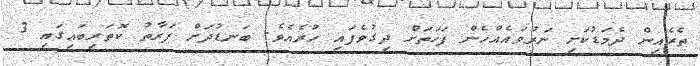
ތެރެއިން ދެމަޑުކަށި ނަރުވައެއްހެން ފަހަތަށް ދިގުވެފައި ހުރެއެވެ. ބަނޑުދަށް ފަރާތު ކޮތަރިބައިގައި 3